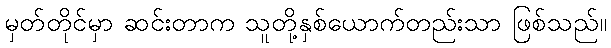
မှတ်တိုင်မှာ ဆင်းတာက သူတို့နှစ်ယောက်တည်းသာ ဖြစ်သည်။